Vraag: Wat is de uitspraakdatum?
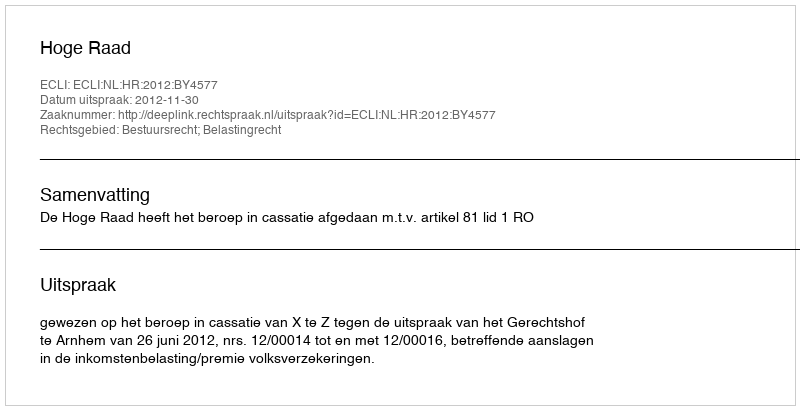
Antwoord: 2012-11-30